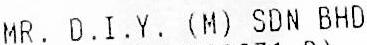
MR. D.I.Y. (M) SDN BHD